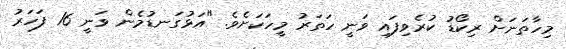
މިހާތަނަށް ރިކޯޑު ކުރެވިފައި ވަނީ ހަތަރު މީހަކަށެވެ. "އަޅުގަނޑުމެން ވަނީ 16 ފަހަރު